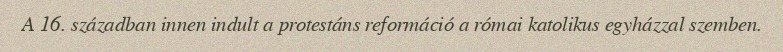
A 16. században innen indult a protestáns reformáció a római katolikus egyházzal szemben.